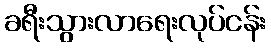
ခရီးသွားလာရေးလုပ်ငန်း